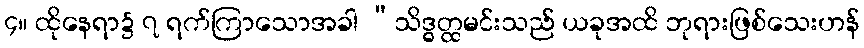
၄။ ထိုနေရာ၌ ၇ ရက်ကြာသောအခါ “သိဒ္ဓတ္ထမင်းသည် ယခုအထိ ဘုရားဖြစ်သေးဟန်